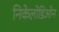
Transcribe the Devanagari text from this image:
निकेलोडिओन